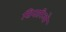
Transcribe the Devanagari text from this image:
सिनारिओ